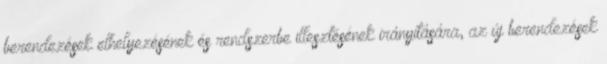
berendezések elhelyezésének és rendszerbe illesztésének irányítására, az új berendezések